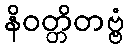
နိဝတ္တိတဗ္ဗံ